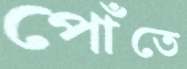
পোঁতে